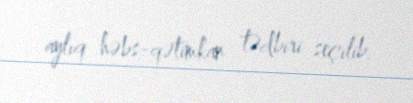
aylıq həbs-qətimkan tədbiri seçilib.